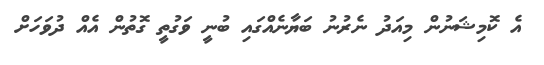
އެ ކޮމިޝަނުން މިއަދު ނެރުނު ބަޔާނެއްގައި ބުނީ ވަގުތީ ގޮތުން އެއް ދުވަހަށް